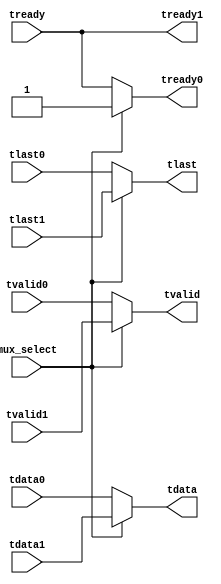
//------------------------------------------------------------------------------
// -----------------------------------------------------------------------------
// (c) Copyright 2010 Xilinx, Inc. All rights reserved.
//
// This file contains confidential and proprietary information
// of Xilinx, Inc. and is protected under U.S. and
// international copyright and other intellectual property
// laws.
//
// DISCLAIMER
// This disclaimer is not a license and does not grant any
// rights to the materials distributed herewith. Except as
// otherwise provided in a valid license issued to you by
// Xilinx, and to the maximum extent permitted by applicable
// law: (1) THESE MATERIALS ARE MADE AVAILABLE "AS IS" AND
// WITH ALL FAULTS, AND XILINX HEREBY DISCLAIMS ALL WARRANTIES
// AND CONDITIONS, EXPRESS, IMPLIED, OR STATUTORY, INCLUDING
// BUT NOT LIMITED TO WARRANTIES OF MERCHANTABILITY, NON-
// INFRINGEMENT, OR FITNESS FOR ANY PARTICULAR PURPOSE; and
// (2) Xilinx shall not be liable (whether in contract or tort,
// including negligence, or under any other theory of
// liability) for any loss or damage of any kind or nature
// related to, arising under or in connection with these
// materials, including for any direct, or any indirect,
// special, incidental, or consequential loss or damage
// (including loss of data, profits, goodwill, or any type of
// loss or damage suffered as a result of any action brought
// by a third party) even if such damage or loss was
// reasonably foreseeable or Xilinx had been advised of the
// possibility of the same.
//
// CRITICAL APPLICATIONS
// Xilinx products are not designed or intended to be fail-
// safe, or for use in any application requiring fail-safe
// performance, such as life-support or safety devices or
// systems, Class III medical devices, nuclear facilities,
// applications related to the deployment of airbags, or any
// other applications that could lead to death, personal
// injury, or severe property or environmental damage
// (individually and collectively, "Critical
// Applications"). Customer assumes the sole risk and
// liability of any use of Xilinx products in Critical
// Applications, subject only to applicable laws and
// regulations governing limitations on product liability.
//
// THIS COPYRIGHT NOTICE AND DISCLAIMER MUST BE RETAINED AS
// PART OF THIS FILE AT ALL TIMES.
// -----------------------------------------------------------------------------
// Description:  A simple AXI-Streaming MUX
//
//------------------------------------------------------------------------------

`timescale 1 ps/1 ps

module tri_mode_ethernet_mac_0_axi_mux (
   input                   mux_select,

   // mux inputs
   input       [7:0]       tdata0,
   input                   tvalid0,
   input                   tlast0,
   output reg              tready0,
   
   input       [7:0]       tdata1,
   input                   tvalid1,
   input                   tlast1,
   output reg              tready1,
   
   // mux outputs
   output reg  [7:0]       tdata,
   output reg              tvalid,
   output reg              tlast,
   input                   tready
);

always @(mux_select or tdata0 or tvalid0 or tlast0 or tdata1 or 
         tvalid1 or tlast1)
begin
   if (mux_select) begin
      tdata    = tdata1;
      tvalid   = tvalid1;
      tlast    = tlast1;
   end
   else begin
      tdata    = tdata0;
      tvalid   = tvalid0;
      tlast    = tlast0;
   end
end

always @(mux_select or tready)
begin
   if (mux_select) begin
      tready0     = 1'b1;
   end
   else begin
      tready0     = tready;
   end
   tready1     = tready;
end

endmodule